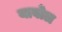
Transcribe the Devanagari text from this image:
यावोल